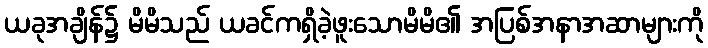
ယခုအချိန်၌ မိမိသည် ယခင်ကရှိခဲ့ဖူးသောမိမိ၏ အပြစ်အနာအဆာများကို